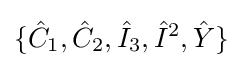
\{{\hat {C}}_{1},{\hat {C}}_{2},{\hat {I}}_{3},{\hat {I}}^{2},{\hat {Y}}\}~